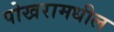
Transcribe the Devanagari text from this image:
पोखरामधील